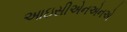
આઇસીએનએનએ